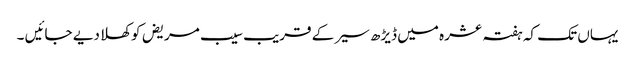
یہاں تک کہ ہفتہ عشرہ میں ڈیڑھ سیر کے قریب سیب مریض کو کھلا دیے جائیں ۔